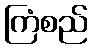
ကြံစည်